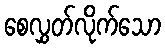
စေလွှတ်လိုက်သော